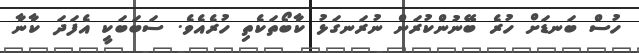
ހުސް ބަނޑަށް ހުރެ ބޭނުންކުރަން ނުރަނގަޅު ކާބޯތަކެތި ހުރެއެވެ. ސަބަބަކީ އެފަދަ ކާނާ